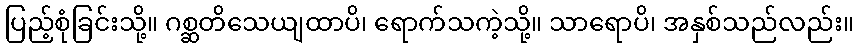
ပြည့်စုံခြင်းသို့။ ဂစ္ဆတိသေယျထာပိ၊ ရောက်သကဲ့သို့။ သာရောပိ၊ အနှစ်သည်လည်း။